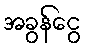
အခွန်ငွေ